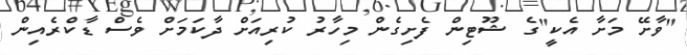
"ވާށޭ މަށާ އެކީ"ގެ ޝޫޓިން ފެށިގެން މިހާރު ކުރިއަށް ދާކަމަށް ވެސް ޑާކްރެއިން